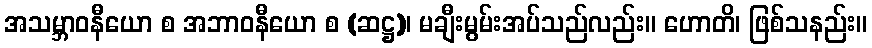
အသမ္ဘာဝနီယော စ အဘာဝနီယော စ (ဆဋ္ဌ)၊ မချီးမွမ်းအပ်သည်လည်း။ ဟောတိ၊ ဖြစ်သနည်း။